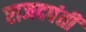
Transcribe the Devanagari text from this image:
राजदपंती